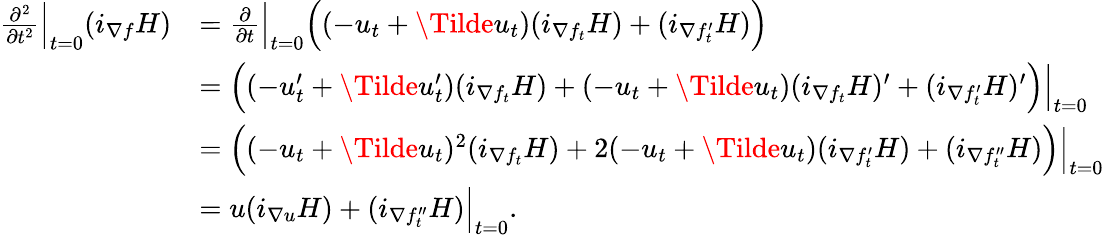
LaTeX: \begin{array}{rl}{\frac{\partial^{2}}{\partial t^{2}}\Big|_{t=0}(i_{\nabla f}H)}&{=\frac{\partial}{\partial t}\Big|_{t=0}\Big((-u_{t}+\Tilde{u}_{t})(i_{\nabla{f_{t}}}H)+(i_{\nabla{f_{t}^{\prime}}}H)\Big)}\\ &{=\Big((-u_{t}^{\prime}+\Tilde{u}_{t}^{\prime})(i_{\nabla{f_{t}}}H)+(-u_{t}+\Tilde{u}_{t})(i_{\nabla{f_{t}}}H)^{\prime}+(i_{\nabla{f_{t}^{\prime}}}H)^{\prime}\Big)\Big|_{t=0}}\\ &{=\Big((-u_{t}+\Tilde{u}_{t})^{2}(i_{\nabla{f_{t}}}H)+2(-u_{t}+\Tilde{u}_{t})(i_{\nabla{f_{t}^{\prime}}}H)+(i_{\nabla{f_{t}^{\prime\prime}}}H)\Big)\Big|_{t=0}}\\ &{=u(i_{\nabla u}H)+(i_{\nabla{f_{t}^{\prime\prime}}}H)\Big|_{t=0}.}\end{array}